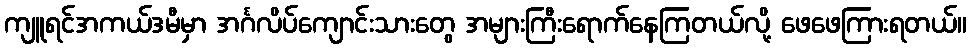
ကျူရင်အကယ်ဒမီမှာ အင်္ဂလိပ်ကျောင်းသားတွေ အများကြီးရောက်နေကြတယ်လို့ ဖေဖေကြားရတယ်။